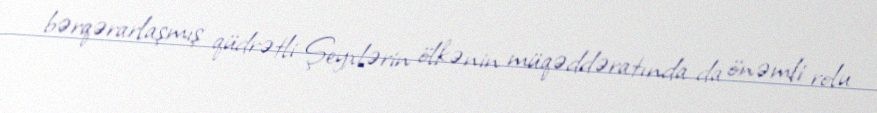
bərqərarlaşmış qüdrətli Şeyxlərin ölkənin müqəddəratında da önəmli rolu